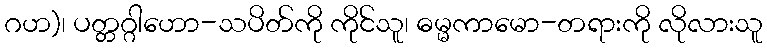
ဂဟ)၊ ပတ္တဂ္ဂါဟော-သပိတ်ကို ကိုင်သူ၊ ဓမ္မကာမော-တရားကို လိုလားသူ